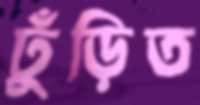
ঢুঁড়িত